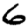
Digit: 6